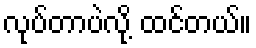
လုပ်တာပဲလို့ ထင်တယ်။